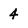
Character: 4